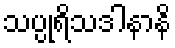
သပ္ပုရိသဒါနာနိ